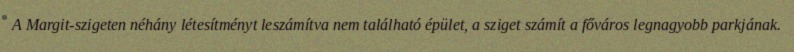
A Margit-szigeten néhány létesítményt leszámítva nem található épület, a sziget számít a főváros legnagyobb parkjának.